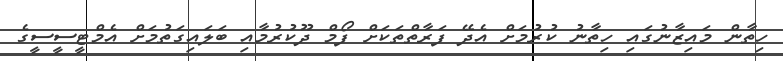
ހިތާން މައިޒާނުގައި ހިތާނު ކުރުމަށް އެދޭ ފަރާތްތަކަށް ފޯމް ދޫކުރުމާއި ބަލައިގަތުމަށް އެމްޓީސީސީގެ